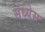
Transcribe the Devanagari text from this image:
संध्येस